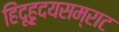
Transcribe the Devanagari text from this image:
हिंदूहृदयसम्राट